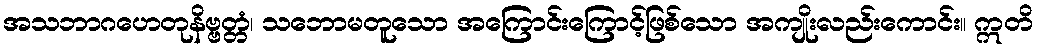
အသဘာဂဟေတုနိဗ္ဗတ္တံ၊ သဘောမတူသော အကြောင်းကြောင့်ဖြစ်သော အကျိုးလည်းကောင်း။ ဣတိ